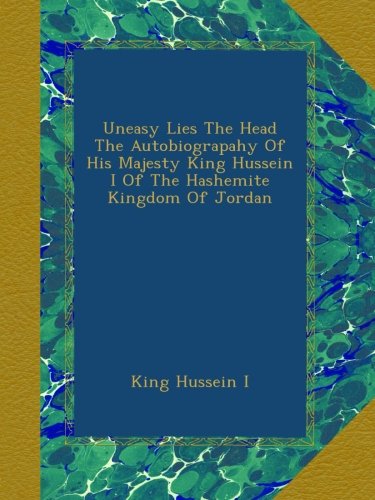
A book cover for Uneasy Lies The Head The Autobiograpahy Of His Majesty King Hussein I Of The Hashemite Kingdom Of Jordan; King Hussein; History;